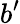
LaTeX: b^{\prime}